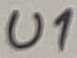
Text: U1